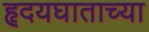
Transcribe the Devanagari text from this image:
हृदयघाताच्या